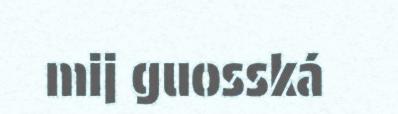
mij guosská